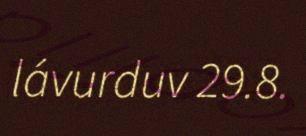
lávurduv 29.8.